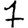
Digit: 7